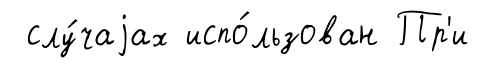
слу́чаjах испо́льзован Пр'и